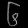
Digit: ၆